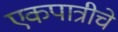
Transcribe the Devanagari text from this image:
एकपात्रीचे